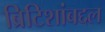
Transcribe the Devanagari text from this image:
ब्रिटिशांबद्दल